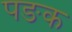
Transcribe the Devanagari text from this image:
पङक